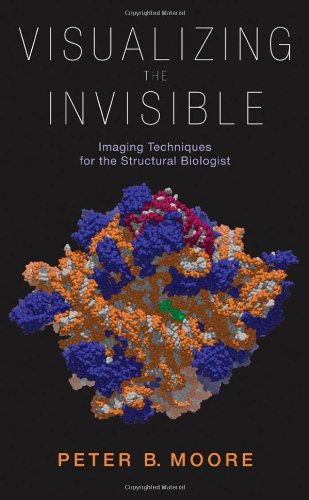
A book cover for Visualizing the Invisible: Imaging Techniques for the Structural Biologist; Peter Moore; Science & Math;